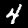
Label: 4